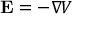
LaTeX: \mathbf { E } = - \nabla V